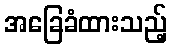
အခြေခံထားသည့်